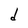
Character: d